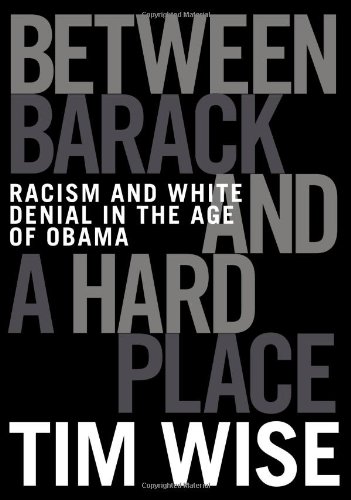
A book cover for Between Barack and a Hard Place: Racism and White Denial in the Age of Obama; Tim Wise; Business & Money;